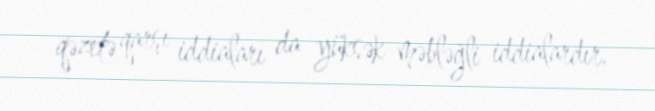
qəzetə qarşı iddiaları da yüksək məbləğli iddialardır.